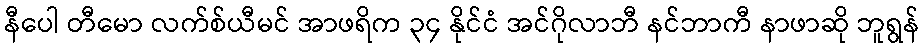
နီပေါ တီမော လက်စ်ယီမင် အာဖရိက ၃၄ နိုင်ငံ အင်ဂိုလာဘီ နင်ဘာကီ နာဖာဆို ဘူရွန်